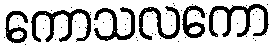
ကောသလကော